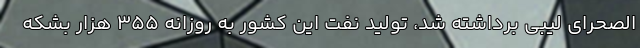
الصحرای لیبی برداشته شد، تولید نفت این کشور به روزانه 355 هزار بشکه